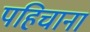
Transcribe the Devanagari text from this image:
पहिचाना